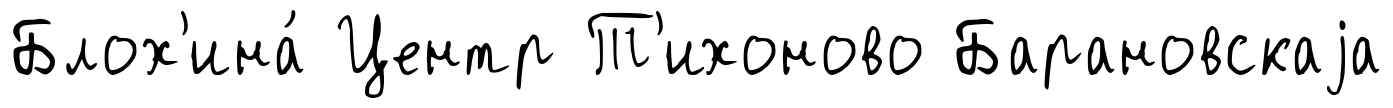
Блох'ина́ Центр Т'ихоново Барановскаjа